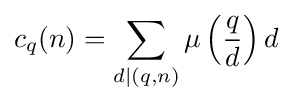
c_{q}(n)=\sum _{d\mid (q,n)}\mu \left({\frac {q}{d}}\right)d